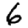
Digit: 6